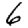
Digit: 6